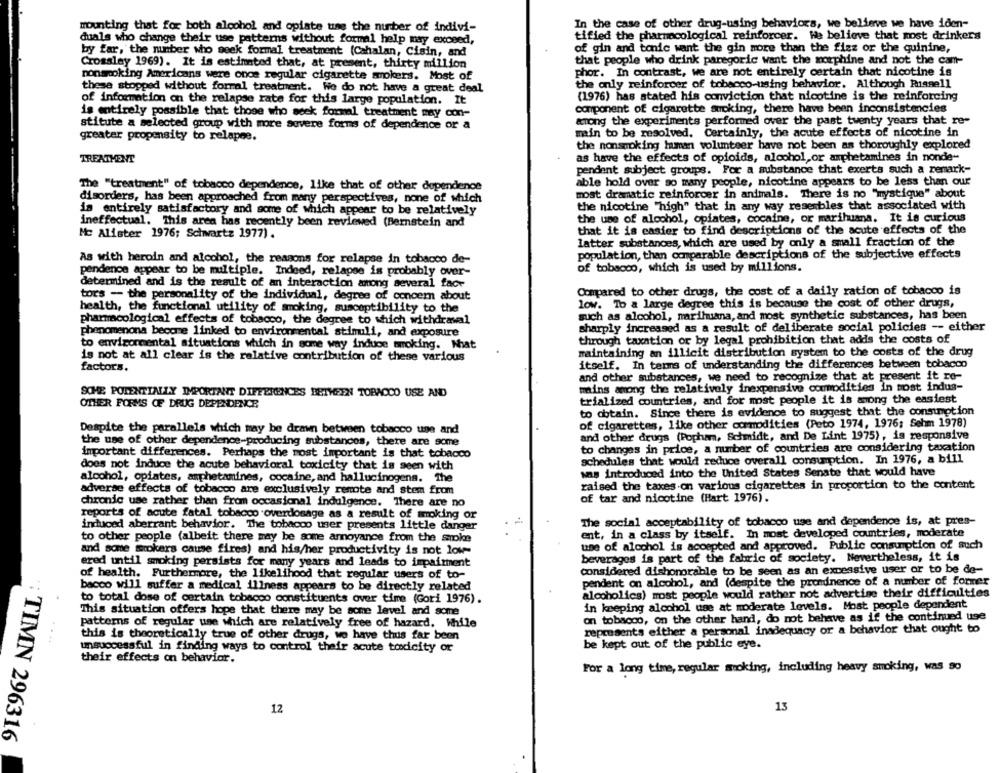
In the case of other drug-using behaviors, we believe we have iden-
mounting that for both alcohol and opiate ting the number of indivi-
tified the pharmacological reinforcer. We believe that most drinkers
duals who change their use patterns without formal help may exceed,
by far, the number who seek formal treatment (Cahalan, Cisin, and
of gin and tonic want the gin more than the fizz or the quinine,
that people who drink paregoric want the morphine and not the cam-
Crossley 1969). It is estimated that, at present, thirty million
nonsmoking Americans were once regular cigarette smokers. Most of
phor. In contrast, we are not entirely certain that nicotine is
the only reinforcer of tobacco-using behavior. Although Russell
these stopped without forral treatment. We do not have a great deal
of information on the relapse rate for this large population. It
(1976) has stated his conviction that nicotine is the reinforcing
component of cigarette smoking, there have been inconsistencies
is entirely possible that those who seek formal treatment may con-
stitute a selected group with more severe forms of dependence or a
among the experiments performed over the past twenty years that re-
main to be resolved. Certainly, the acute effects of nicotine in
greater propensity to relapse.
the nonsmoking human volunteer have not been as thoroughly explored
TREATMENT
as have the effects of opioids, alcohol,or amphetamines in nonde-
pendent subject groups. For a substance that exerts such a remark-
The "treatment" of tobacco dependence, like that of other dependence
able hold over so many people, nicotine appears to be less than our
most dramatic reinforcer in animals. There is no "mystique" about
disorders, has been approached from many perspectives, none of which
the nicotine "high" that in any way resembles that associated with
is entirely satisfactory and some of which appear to be relatively
ineffectual. This area has recently been reviewed (Bernstein and
the use of alcohol, opiates, cocaine, or marihuana. It is curious
that it is easier to find descriptions of the acute effects of the
Mc Alister 1976; Schwartz 1977).
latter substances, which are used by only a small fraction of the
population, than comparable descriptions of the subjective effects
As with heroin and alcohol, the reasons for relapse in tobacco de-
of tobacco, which is used by millions.
pendence appear to be multiple. Indeed, relapse is probably over-
determined and is the result of an interaction among several face
Compared to other drugs, the cost of a daily ration of tobacco is
tors - the personality of the individual, degree of concern about
health, the functional utility of smoking, susceptibility to the
low. To a large degree this is because the cost of other drugs,
such as alcohol, marihuana, and most synthetic substances, has been
pharmacological effects of tobacco, the degree to which withdrawal
phenomenona become linked to environmental stimuli, and exposure
sharply increased as a result of deliberate social policies -- either
through taxation or by legal prohibition that adds the costs of
to environmental situations which in some way induce smoking. Nhat
maintaining an illicit distribution system to the costs of the drug
is not at all clear is the relative contribution of these various
itself. In terms of understanding the differences between tobacco
factors.
and other substances, we need to recognize that at present it re-
mains among the relatively inexpensive commodities In most indus-
SOME POTENTIALLY IMPORTANT DIFFERENCES BETWEEN TOBACCO USE AND
trialized countries, and for most people it is among the easiest
OTHER FORMS OF DRUG DEPENDENCE
to obtain. Since there is evidence to suggest that the consumption
of cigarettes, like other commodities (Peto 1974, 1976; Sehm 1978)
Despite the parallels which may be drawn between tobacco une and
and other drugs (Popham, Schmidt, and De Lint 1975), is responsive
the use of other dependence-producing substances, there are some
to changes in price, a number of countries are considering taxation
important differences. Perhaps the most important is that tobacco
schedules that would reduce overall consumption. In 1976, a bill
does not induce the acute behavioral toxicity that is seen with
was introduced into the United States Senate that would have
alcohol, opiates, amphetamines, cocaine, and hallucinogens. The
raised the taxes on various cigarettes in proportion to the content
adverse effects of tobacco are exclusively remote and stem from
chronic use rather than from occasional indulgence. There are no
of tar and nicotine (Hart 1976).
reports of acute fatal tobacco overdosage as a result of smoking or
induced aberrant behavior. The tobacco user presents little danger
The social acceptability of tobacco use and dependence is, at pres-
ent, in a class by itself. In most developed countries, moderate
to other people (albeit there may be some annoyance from the smoke
use of alcohol is accepted and approved. Public consumption of such
and some mrokers cause fires) and his/her productivity is not low-
ered until smoking persists for many years and leads to impairment
beverages is part of the fabric of society. Nevertheless, it is
considered dishonorable to be seen as an excessive user or to be de-
of health. Furthermore, the likelihood that regular users of to-
pendent on alcohol, and (despite the prominence of a number of former
bacco will suffer a medical illness appears to be directly related
alcoholics) most people would rather not advertise their difficulties
to total dose of certain tobacco constituents over time (Gori 1976).
This situation offers hope that there may be some level and some
in keeping alcohol use at moderate levels. Most people dependent
on tobacco, on the other hand, do not behave as if the continued use
patterns of regular une which are relatively free of hazard. While
represents either a personal inadequacy or a behavior that ought to
this is theoretically true of other drugs, wo have thus far been
unsuccessful in finding ways to control their acute toxicity or
be kept out of the public eye.
their effects on behavior.
For a long time, regular smoking, including heavy smoking, was so
12
13
: TIMN 296316